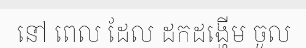
នៅ ពេល ដែល ដកដង្ហើម ចូល